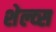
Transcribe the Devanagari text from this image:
शेल्व्स